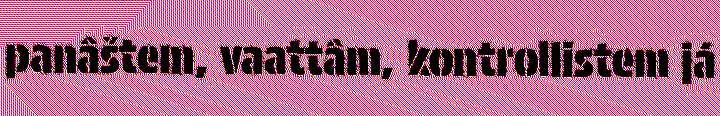
panâštem, vaattâm, kontrollistem já